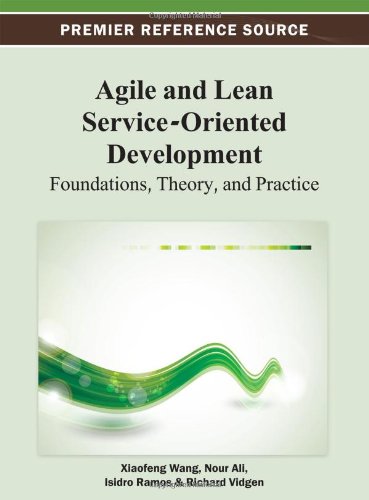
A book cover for Agile and Lean Service-Oriented Development: Foundations, Theory, and Practice (Premier Reference Source); Xiaofeng Wang; Computers & Technology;